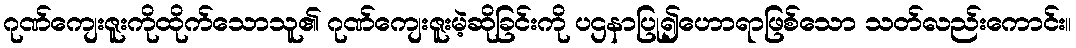
ဂုဏ်ကျေးဇူးကိုထိုက်သောသူ၏ ဂုဏ်ကျေးဇူးမဲ့ဆိုခြင်းကို ပဌနာပြု၍ဟောရာဖြစ်သော သတ်လည်းကောင်း။